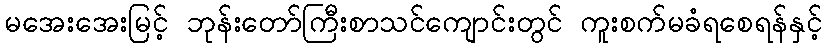
မအေးအေးမြင့် ဘုန်းတော်ကြီးစာသင်ကျောင်းတွင် ကူးစက်မခံရစေရန်နှင့်